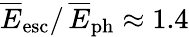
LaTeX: \overline{E}_{\mathrm{esc}}/\, \overline{E}_{\mathrm{ph}}\approx 1.4